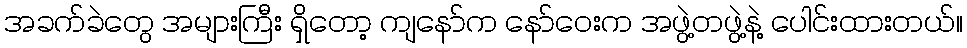
အခက်ခဲတွေ အများကြီး ရှိတော့ ကျနော်က နော်ဝေးက အဖွဲ့တဖွဲ့နဲ့ ပေါင်းထားတယ်။